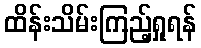
ထိန်းသိမ်းကြည့်ရှုရန်